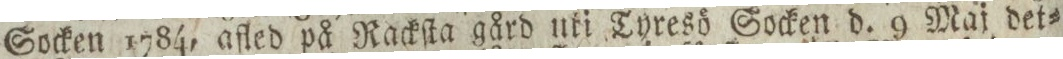
Socken 1784, afled på Rackſta gård uti Tyresö Socken d. 9 Maj det=